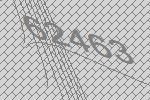
62463